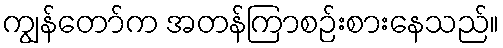
ကျွန်တော်က အတန်ကြာစဉ်းစားနေသည်။